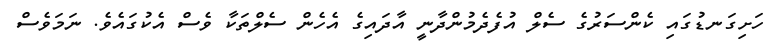
ހަށިގަނޑުގައި ކެންސަރުގެ ސެލް އުފެދެމުންދާނީ އާދައިގެ އެހެން ސެލްތަކާ ވެސް އެކުގައެވެ. ނަމަވެސް